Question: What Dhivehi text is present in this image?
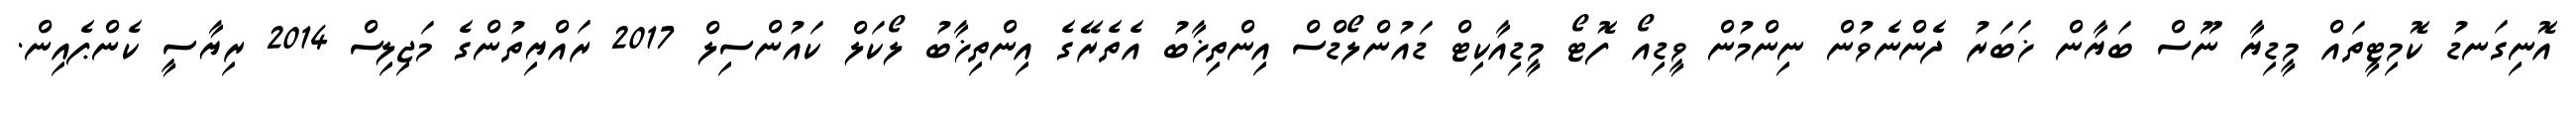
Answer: އޮނިގަނޑު ކޮމިޓީތައް މީޑިޔާ ނޫސް ބަޔާން ޚަބަރު ދެންނެވުން ނިންމުން ވީޑިއޯ ފޮޓޯ މީޑިއާކިޓް ޑައުންލޯޑްސް އިންތިޚާބު އެތެރޭގެ އިންތިޚާބު ލޯކަލް ކައުންސިލް 2017 ރައްޔިތުންގެ މަޖިލިސް 2014 ރިޔާސީ ކެންޕެއިން.